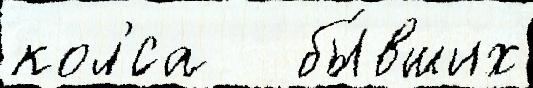
кол'́са   бы́вших